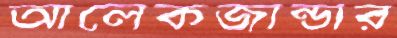
আলেকজান্ডার